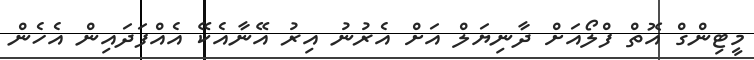
މީޓިންގް އޮތް ފްލޯއަށް ދާނިޔަލް އަށް އެރުނު އިރު އޭނާއެކޭ އެއްފަދައިން އެހެން